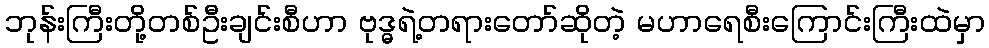
ဘုန်းကြီးတို့တစ်ဦးချင်းစီဟာ ဗုဒ္ဓရဲ့တရားတော်ဆိုတဲ့ မဟာရေစီးကြောင်းကြီးထဲမှာ